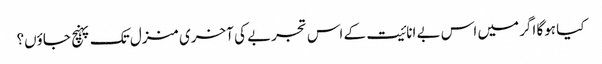
کیا ہوگا اگر میں اس بے انائیت کے اس تجربے کی آخری منزل تک پہنچ جاؤں؟